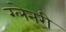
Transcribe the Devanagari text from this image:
ग्‍लेनरी